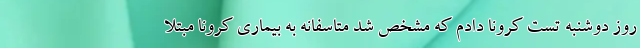
روز دوشنبه تست کرونا دادم که مشخص شد متاسفانه به بیماری کرونا مبتلا